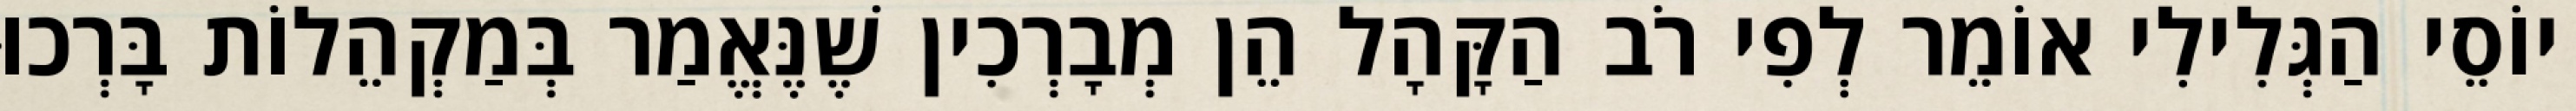
יוֹסֵי הַגְּלִילִי אוֹמֵר לְפִי רֹב הַקָּהָל הֵן מְבָרְכִין שֶׁנֶּאֱמַר בְּמַקְהֵלוֹת בָּרְכוּ